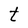
Character: t